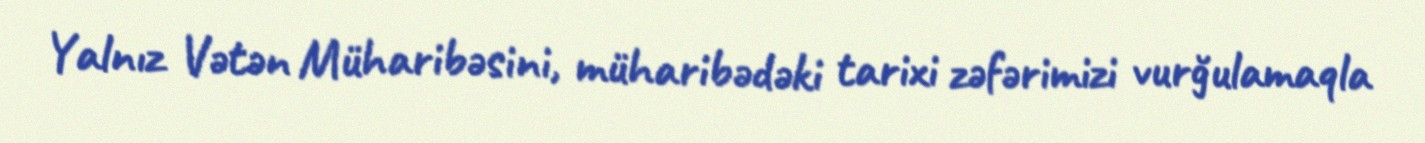
Yalnız Vətən Müharibəsini, müharibədəki tarixi zəfərimizi vurğulamaqla